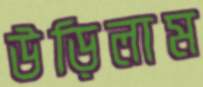
উড়িলাম